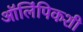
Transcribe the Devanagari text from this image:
ऑलिंपिकशी